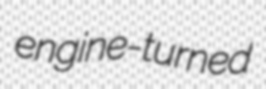
engine-turned